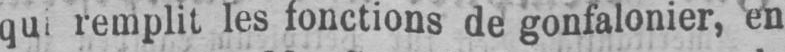
remplit les fonctions de gonfalonier, en